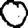
Digit: 0